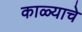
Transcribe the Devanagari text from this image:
काळ्याचे